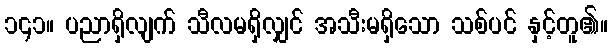
၁၄၁။ ပညာရှိလျက် သီလမရှိလျှင် အသီးမရှိသော သစ်ပင် နှင့်တူ၏။